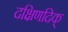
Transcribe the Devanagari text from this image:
दक्षिणदिक्